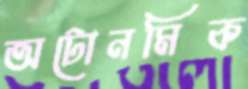
অটোনমিক